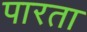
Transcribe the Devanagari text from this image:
पारता